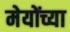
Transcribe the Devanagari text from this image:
मेयोंच्या